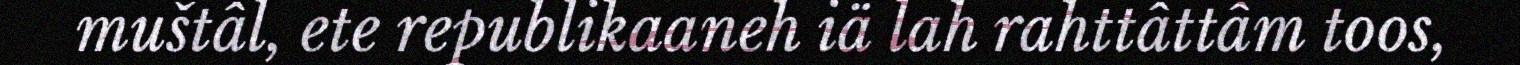
muštâl, ete republikaaneh iä lah rahttâttâm toos,